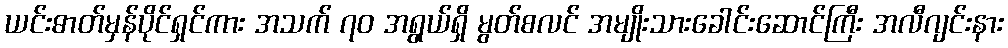
ယင်းဓာတ်မှန်ပိုင်ရှင်ကား အသက် ၇၀ အရွယ်ရှိ မွတ်စလင် အမျိုးသားခေါင်းဆောင်ကြီး အလီဂျင်းနား